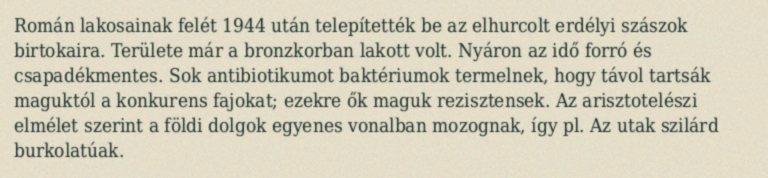
Román lakosainak felét 1944 után telepítették be az elhurcolt erdélyi szászok birtokaira. Területe már a bronzkorban lakott volt. Nyáron az idő forró és csapadékmentes. Sok antibiotikumot baktériumok termelnek, hogy távol tartsák maguktól a konkurens fajokat; ezekre ők maguk rezisztensek. Az arisztotelészi elmélet szerint a földi dolgok egyenes vonalban mozognak, így pl. Az utak szilárd burkolatúak.